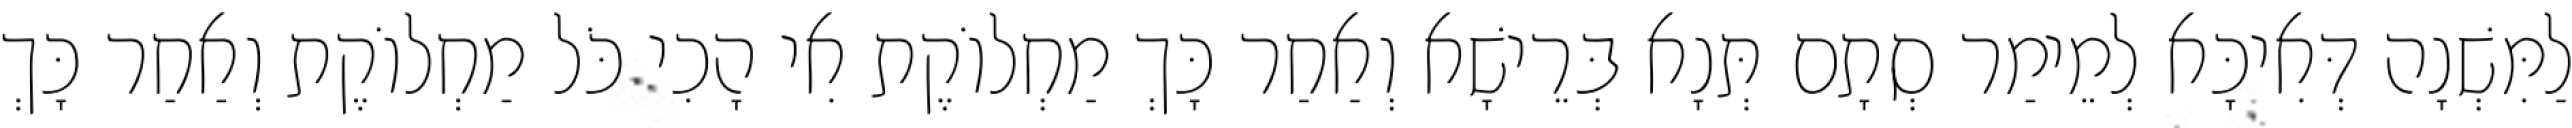
לַמִּשְׁנָה דְּאִיכָּא לְמֵימַר סְתָם תְּנָא בְּרֵישָׁא וְאַחַר כָּךְ מַחְלוֹקֶת אִי הָכִי כֹּל מַחְלוֹקֶת וְאַחַר כָּךְ